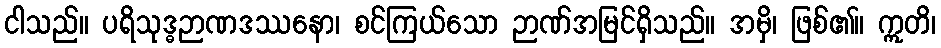
ငါသည်။ ပရိသုဒ္ဓဉာဏဒဿနော၊ စင်ကြယ်သော ဉာဏ်အမြင်ရှိသည်။ အမှိ၊ ဖြစ်၏။ ဣတိ၊